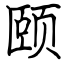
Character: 颐